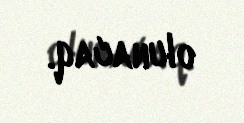
olunacaq.